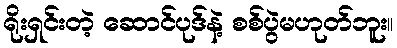
ရိုးရှင်းတဲ့ ဆောင်ပုဒ်နဲ့ စစ်ပွဲမဟုတ်ဘူး။